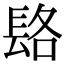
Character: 𨱴